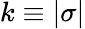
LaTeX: k\equiv|\sigma|